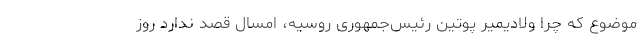
موضوع که چرا ولادیمیر پوتین رئیس‌جمهوری روسیه، امسال قصد ندارد روز